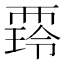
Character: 𧟺